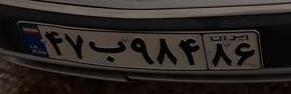
۴۷ب۹۸۴۸۶